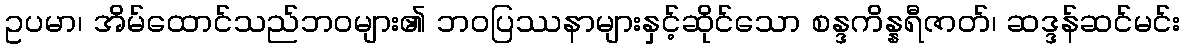
ဥပမာ၊ အိမ်ထောင်သည်ဘဝများ၏ ဘဝပြဿနာများနှင့်ဆိုင်သော စန္ဒကိန္နရီဇာတ်၊ ဆဒ္ဒန်ဆင်မင်း